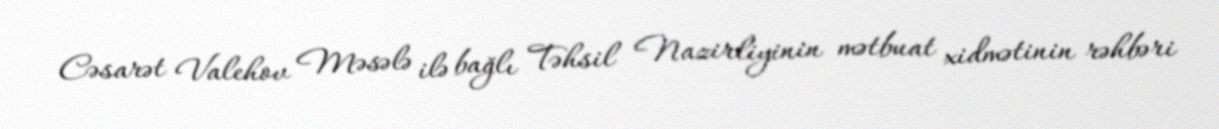
Cəsarət Valehov Məsələ ilə bağlı Təhsil Nazirliyinin mətbuat xidmətinin rəhbəri